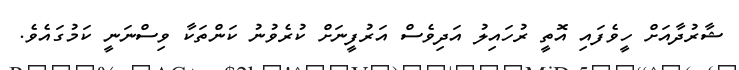
ޝާރުދާއަށް ހީވެފައި އޮތީ ރުހައިލު އަދިވެސް އަރުފީނަށް ކުރެވުނު ކަންތަކާ ވިސްނަނީ ކަމުގައެވެ.